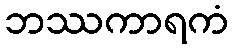
ဘဿကာရကံ